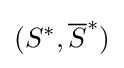
(S^{*},{\overline {S}}^{*})